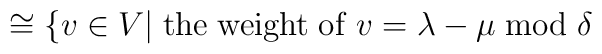
\hspace{.8in}       \cong       \{ v \in V | {\rm \; the \; weight \; of \;} v                         =\lambda - \mu {\rm \; mod \;} \delta